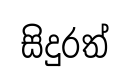
සිදුරත්